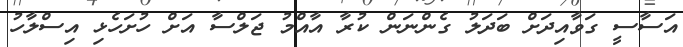
އަސާސީ ގަވާއިދަށް ބަދަލު ގެންނަން ކުރާ އާއްމު ޖަލްސާ އަށް ހުށަހެޅި އިސްލާހު